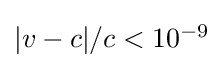
{\textstyle {|v-c|}/{c}<10^{-9}}